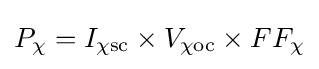
P_{\chi }=I_{\mathrm {\chi sc} }\times V_{\mathrm {\chi oc} }\times FF_{\chi }